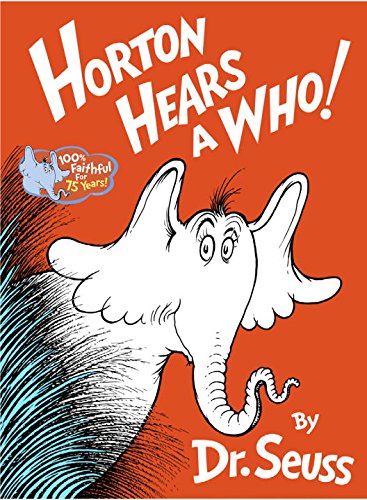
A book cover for Horton Hears A Who!; Dr. Seuss; Children's Books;